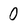
Character: 0